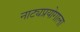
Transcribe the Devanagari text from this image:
नाट्यप्रयोगाला